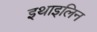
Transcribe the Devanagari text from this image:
इथाइलिन